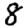
Digit: 8